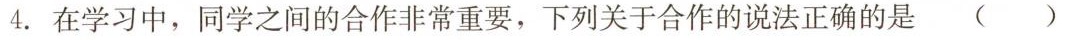
4.在学习中，同学之间的合作非常重要，下列关于合作的说法正确的是( )